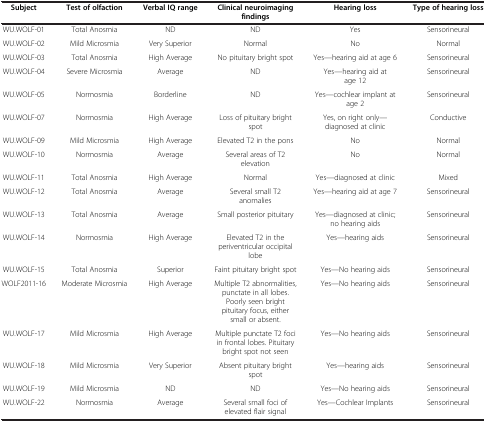
<table><thead><tr><td><b>Subject</b></td><td><b>Test of olfaction</b></td><td><b>Verbal IQ range</b></td><td><b>Clinical neuroimaging findings</b></td><td><b>Hearing loss</b></td><td><b>Type of hearing loss</b></td></tr></thead><tbody><tr><td>WU.WOLF-01</td><td>Total Anosmia</td><td>ND</td><td>ND</td><td>Yes</td><td>Sensorineural</td></tr><tr><td>WU.WOLF-02</td><td>Mild Microsmia</td><td>Very Superior</td><td>Normal</td><td>No</td><td>Normal</td></tr><tr><td>WU.WOLF-03</td><td>Total Anosmia</td><td>High Average</td><td>No pituitary bright spot</td><td>Yes—hearing aid at age 6</td><td>Sensorineural</td></tr><tr><td>WU.WOLF-04</td><td>Severe Microsmia</td><td>Average</td><td>ND</td><td>Yes—hearing aid at age 12</td><td>Sensorineural</td></tr><tr><td>WU.WOLF-05</td><td>Normosmia</td><td>Borderline</td><td>ND</td><td>Yes—cochlear implant at age 2</td><td>Sensorineural</td></tr><tr><td>WU.WOLF-07</td><td>Normosmia</td><td>High Average</td><td>Loss of pituitary bright spot</td><td>Yes, on right only—diagnosed at clinic</td><td>Conductive</td></tr><tr><td>WU.WOLF-09</td><td>Mild Microsmia</td><td>High Average</td><td>Elevated T2 in the pons</td><td>No</td><td>Normal</td></tr><tr><td>WU.WOLF-10</td><td>Normosmia</td><td>Average</td><td>Several areas of T2 elevation</td><td>No</td><td>Normal</td></tr><tr><td>WU.WOLF-11</td><td>Total Anosmia</td><td>High Average</td><td>Normal</td><td>Yes—diagnosed at clinic</td><td>Mixed</td></tr><tr><td>WU.WOLF-12</td><td>Total Anosmia</td><td>Average</td><td>Several small T2 anomalies</td><td>Yes—hearing aid at age 7</td><td>Sensorineural</td></tr><tr><td>WU.WOLF-13</td><td>Total Anosmia</td><td>Average</td><td>Small posterior pituitary</td><td>Yes—diagnosed at clinic; no hearing aids</td><td>Sensorineural</td></tr><tr><td>WU.WOLF-14</td><td>Normosmia</td><td>High Average</td><td>Elevated T2 in the periventricular occipital lobe</td><td>Yes—hearing aids</td><td>Sensorineural</td></tr><tr><td>WU.WOLF-15</td><td>Total Anosmia</td><td>Superior</td><td>Faint pituitary bright spot</td><td>Yes—No hearing aids</td><td>Sensorineural</td></tr><tr><td>WOLF2011-16</td><td>Moderate Microsmia</td><td>High Average</td><td>Multiple T2 abnormalities, punctate in all lobes. Poorly seen bright pituitary focus, either small or absent.</td><td>Yes—No hearing aids</td><td>Sensorineural</td></tr><tr><td>WU.WOLF-17</td><td>Mild Microsmia</td><td>High Average</td><td>Multiple punctate T2 foci in frontal lobes. Pituitary bright spot not seen</td><td>Yes—No hearing aids</td><td>Sensorineural</td></tr><tr><td>WU.WOLF-18</td><td>Mild Microsmia</td><td>Very Superior</td><td>Absent pituitary bright spot</td><td>Yes—hearing aids</td><td>Sensorineural</td></tr><tr><td>WU.WOLF-19</td><td>Mild Microsmia</td><td>ND</td><td>ND</td><td>Yes—No hearing aids</td><td>Sensorineural</td></tr><tr><td>WU.WOLF-22</td><td>Normosmia</td><td>Average</td><td>Several small foci of elevated flair signal</td><td>Yes—Cochlear Implants</td><td>Sensorineural</td></tr></tbody></table>